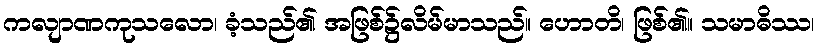
ကလျာဏကုသလော၊ ခံ့သည်၏ အဖြစ်၌လိမ်မာသည်။ ဟောတိ၊ ဖြစ်၏။ သမာဓိဿ၊